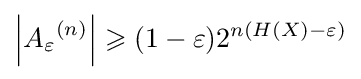
\left|{A_{\varepsilon }}^{(n)}\right|\geqslant (1-\varepsilon )2^{n(H(X)-\varepsilon )}